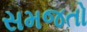
સમજતો